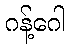
ဂန့်ဂေါ